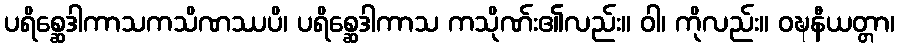
ပရိစ္ဆေဒါကာသကသိဏဿပိ၊ ပရိစ္ဆေဒါကာသ ကသိုဏ်း၏လည်း။ ဝါ၊ ကိုလည်း။ ဝဍ္ဎနီယတ္တာ၊